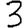
Digit: 3